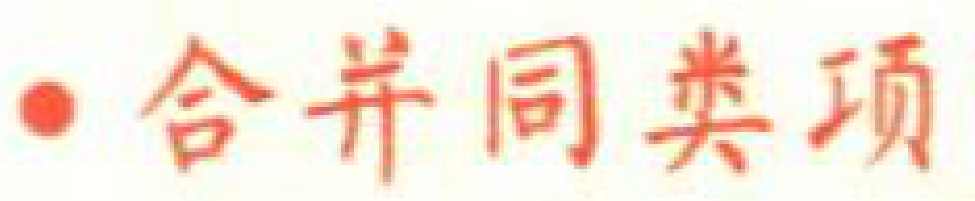
$\bullet$ 合并同类项